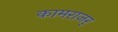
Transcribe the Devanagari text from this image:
कामराजर्